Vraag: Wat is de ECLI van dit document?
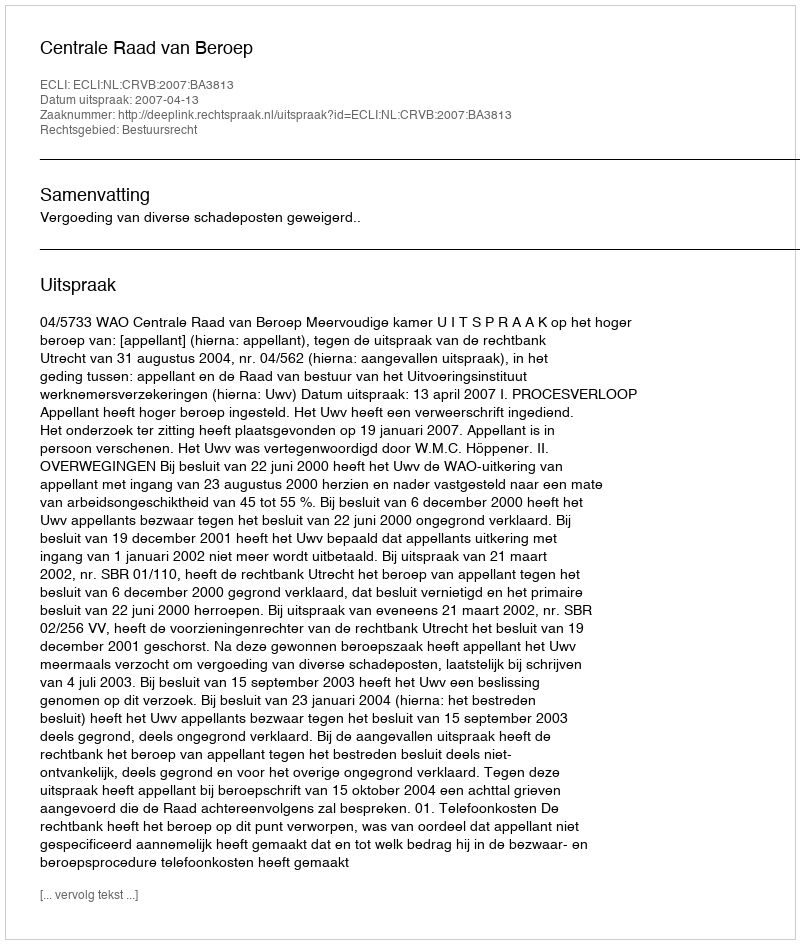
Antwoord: ECLI:NL:CRVB:2007:BA3813